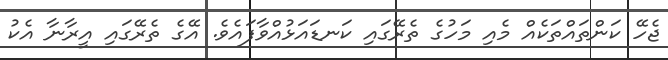
ޖެހޭ ކަންތައްތަކެއް މެއި މަހުގެ ތެރޭގައި ކަނޑައަޅުއްވާފައެވެ. އޭގެ ތެރޭގައި އީރާނާ އެކު